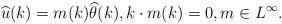
LaTeX: \begin{align*}\widehat{u}(k)=m(k) \widehat{\theta}(k), k\cdot m(k)=0, m\in L^{\infty}.\end{align*}